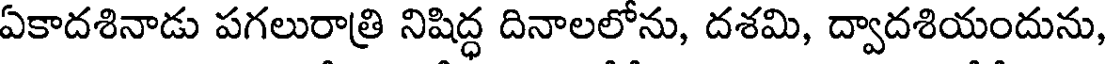
ఏకాదశినాడు పగలురాత్రి నిషిద్ధ దినాలలోను, దశమి, ద్వాదశియందును,